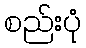
စည်းပုံ